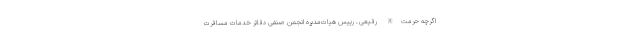
اگرچه حرمت‌الله رفیعی ـ رییس هیات‌مدیره انجمن صنفی دفاتر خدمات مسافرت